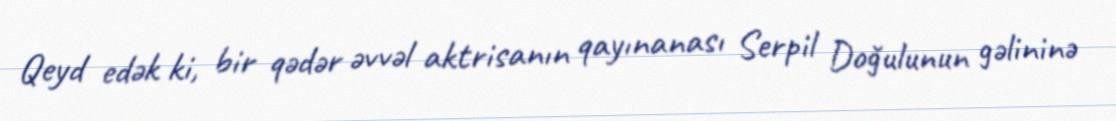
Qeyd edək ki, bir qədər əvvəl aktrisanın qayınanası Serpil Doğulunun gəlininə